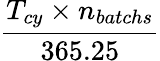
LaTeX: \frac{T_{cy}\times n_{batchs}}{365.25}